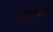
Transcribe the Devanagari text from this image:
सालोथ